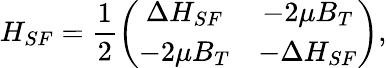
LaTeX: H_{SF}=\frac{1}{2}\left(\begin{array}{cc}{{\Delta H_{SF}}}&{{-2\mu B_{T}}}\\ {{-2\mu B_{T}}}&{{-\Delta H_{SF}}}\end{array}\right),